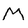
Character: M